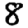
Digit: 8